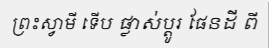
ព្រះស្វាមី ទើប ផ្លាស់ប្តូរ ផែនដី ពី